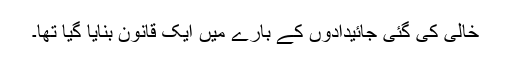
خالی کی گئی جائیدادوں کے بارے میں ایک قانون بنایا گیا تھا۔